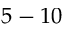
5 - 1 0